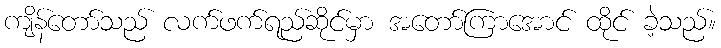
ကျိန်တော်သည် လက်ဖက်ရည်ဆိုင်မှာ အတော်ကြာအောင် ထိုင် ခဲ့သည်။